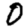
Digit: 0